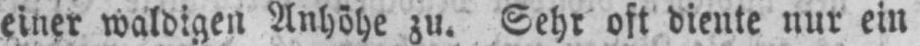
einer waldigen Anhöhe zu. Sehr oft diente nur ein